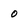
Character: 0